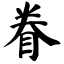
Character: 眷